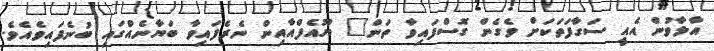
އާލާވުން އެއީ ސަގާފަތަކަށް ވެގެން ގޮސްފައިވާ ތަން" ޔޫއެފްއާއިން ނެރެފައިވާ ބަޔާނެއްގައި ބުނެފައިވެއެވެ.